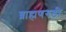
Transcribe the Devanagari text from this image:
ब्राह्मणगडी